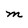
Character: M